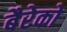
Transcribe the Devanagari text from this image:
बैरेको